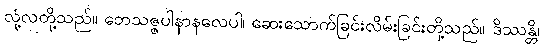
လုံ့လတို့သည်။ ဘေသဇ္ဇပါနာနလေပါ၊ ဆေးသောက်ခြင်းလိမ်းခြင်းတို့သည်။ ဒိဿန္တိ၊